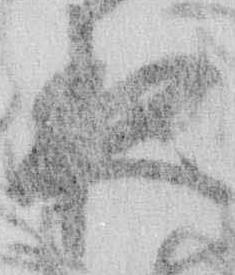
夜